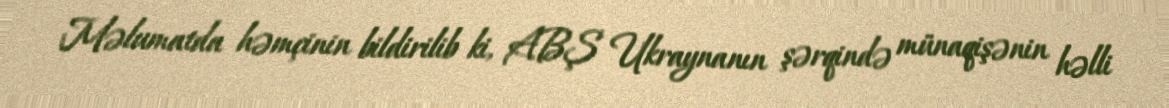
Məlumatda həmçinin bildirilib ki, ABŞ Ukraynanın şərqində münaqişənin həlli